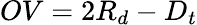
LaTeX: OV=2R_{d}-D_{t}